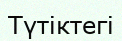
Түтіктегі